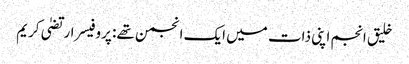
خلیق انجم اپنی ذات میں ایک انجمن تھے: پروفیسر ارتضیٰ کریم